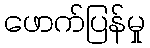
ဖောက်ပြန်မှု